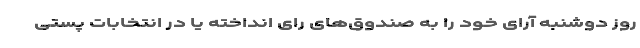
روز دوشنبه آرای خود را به صندوق‌های رای انداخته‌ یا در انتخابات پستی